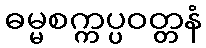
ဓမ္မစက္ကပ္ပဝတ္တနံ